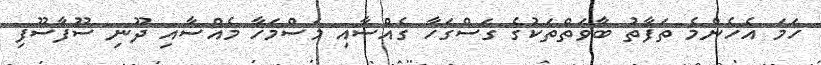
ހަމަ އެހެންމެ ތަފާތު ބާވަތްތަކުގެ ގަސްގަހާ ގެއްސާއި މަސްމަހާ މެއްސާއި ދޫނި ސޫފާސޫފި